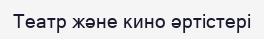
Театр және кино әртістері